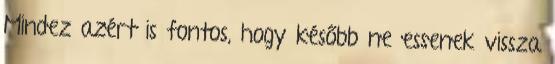
Mindez azért is fontos, hogy később ne essenek vissza